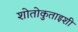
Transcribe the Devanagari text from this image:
शोतोकुताइशी